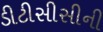
ડીટીસીસીની